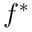
f ^ { * }